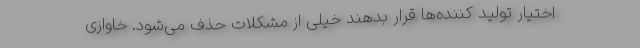
اختیار تولید کننده‌ها قرار بدهند خیلی از مشکلات حذف می‌شود. خاوازی